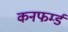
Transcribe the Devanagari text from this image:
कनफर्म्ड